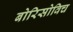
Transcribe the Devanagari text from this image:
बोरिसोविच